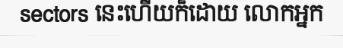
sectors នេះហើយក៏ដោយ លោកអ្នក